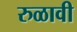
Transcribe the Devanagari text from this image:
रुळावी